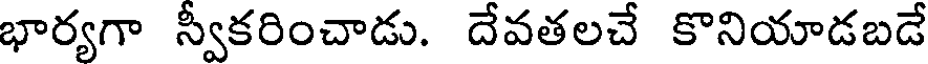
భార్యగా స్వీకరించాడు. దేవతలచే కొనియాడబడే